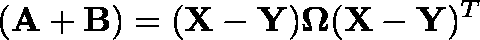
( \mathbf { A } + \mathbf { B } ) = ( \mathbf { X } - \mathbf { Y } ) \mathbf { \Omega } ( \mathbf { X } - \mathbf { Y } ) ^ { T }